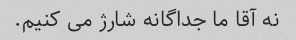
نه آقا ما جداگانه شارژ می کنیم.